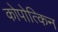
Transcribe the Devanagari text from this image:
कोपोत्किन